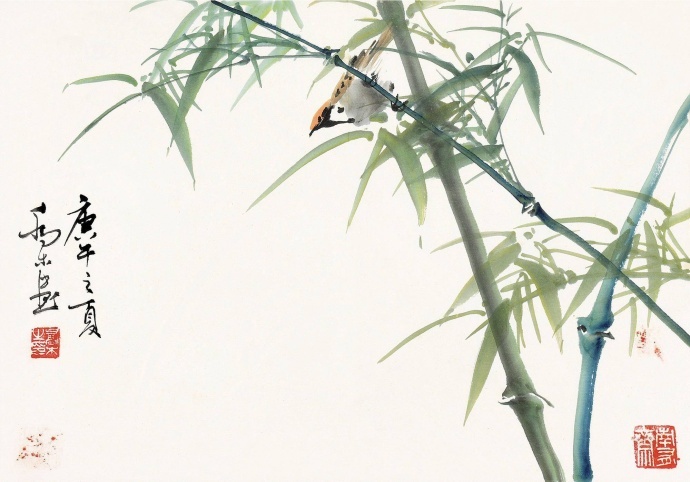
西窗下，风摇翠竹，疑是故人来。